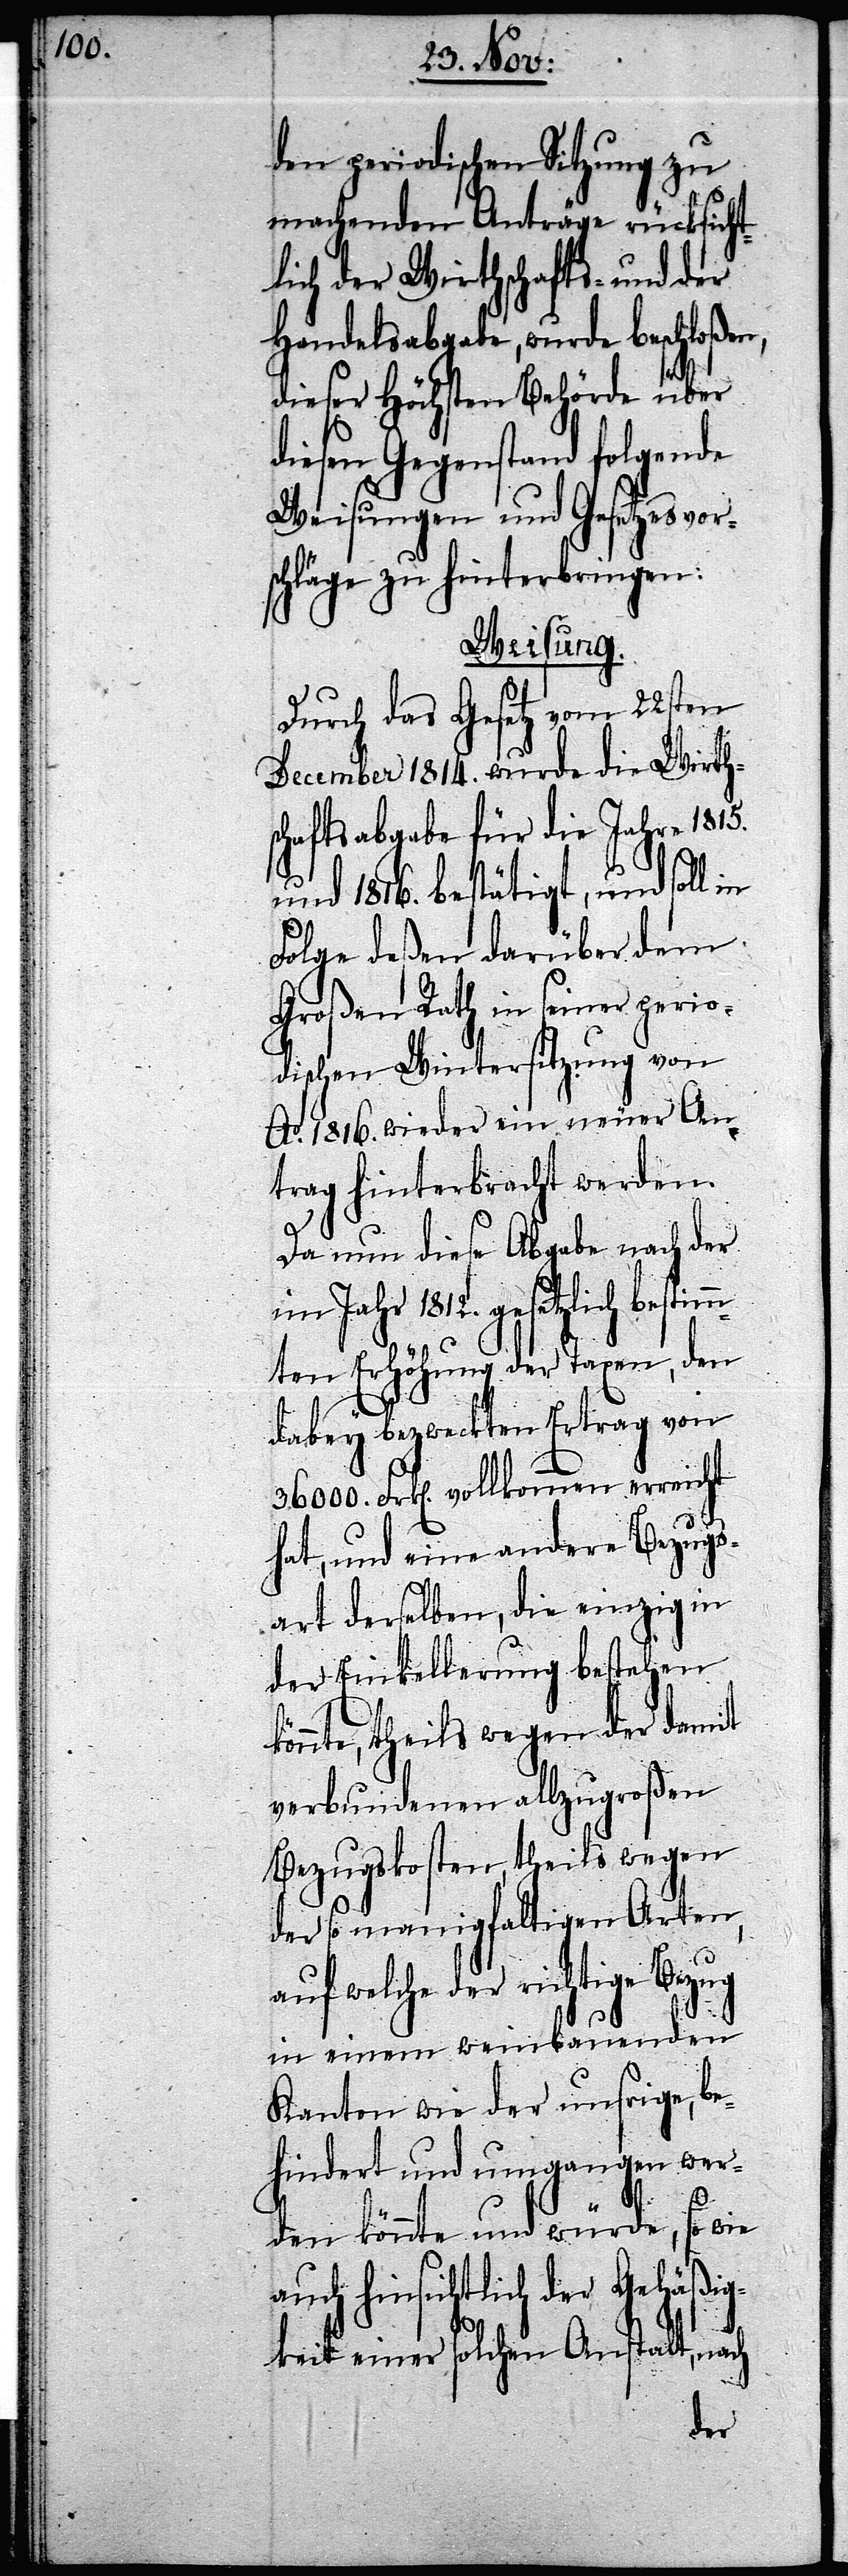
den periodischen Sitzung zu
machenden Anträge rücksicht¬
lich der Wirthschafts- und der
Handelsabgabe, wurde beschloßen,
dieser Höchsten Behörde über
diesen Gegenstand folgende
Weisungen und Gesetzesvors¬
chläge zu hinterbringen:
Weisung.
Durch das Gesetz vom 22sten
December 1814. wurde die Wirth¬
schaftsabgabe für die Jahre 1815.
und 1816. bestätigt, und soll
Folge deßen darüber dem
Großen Rath in seiner perio¬
dischen Wintersitzung von
Ao. 1816. wieder ein neuer An¬
trag hinterbracht werden.
Da nun diese Abgabe nach der
Jahr 1812. gesetzlich best¬
mten Erhöhung der Taxen, den
dabey bezweckten Ertrag von
Frk[en]. vollkommen erreicht
hat, und eine andere Bezugs¬
art derselben, die einzig in
der Einkellerung bestehen
könnte, theils wegen der damit
verbundenen allzugroßen
Bezugskosten, theils wegen
der so manigfaltigen Arten,
welche der richtige Bezug
in einem weinbauenden
Kanton wie der unsrige, be¬
hindert und umgangen wer¬
im¬
den könnte und würde, so wie
auch hinsichtlich der Gehäßig¬
keit einer solchen Anstalt, nach